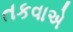
તકવાએ